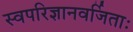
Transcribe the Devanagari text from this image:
स्वपरिज्ञानवर्जिताः